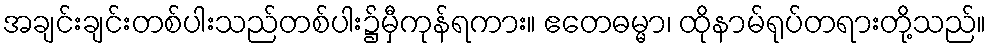
အချင်းချင်းတစ်ပါးသည်တစ်ပါး၌မှီကုန်ရကား။ ဧတေဓမ္မာ၊ ထိုနာမ်ရုပ်တရားတို့သည်။